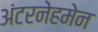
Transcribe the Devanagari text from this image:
अंटरनेहमेन